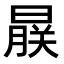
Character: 𬁨